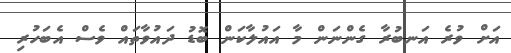
އަށް ވުރެ އަނބުރާ ގެންނަން މާ އައުލާކަން ބޮޑު ދައުވާތައް ވެސް އެބަހުރި